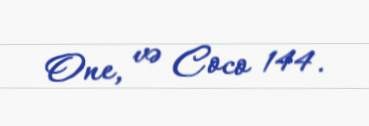
One, və Coco 144.